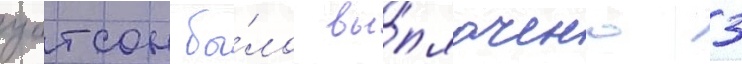
уотсон бы́ло вы́плачено 3